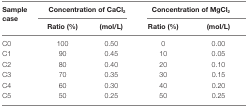
| <ROWSPAN=2> Sample case | <COLSPAN=2> Concentration of CaCl2 | <COLSPAN=2> Concentration of MgCl2 |
 | Ratio (%) | (mol/L) | Ratio (%) | (mol/L) |
 | --- | --- | --- | --- | --- |
 | C0 | 100 | 0.50 | 0 | 0.00 |
 | C1 | 90 | 0.45 | 10 | 0.05 |
 | C2 | 80 | 0.40 | 20 | 0.10 |
 | C3 | 70 | 0.35 | 30 | 0.15 |
 | C4 | 60 | 0.30 | 40 | 0.20 |
 | C5 | 50 | 0.25 | 50 | 0.25 |